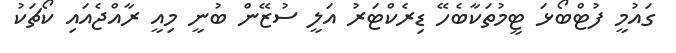
ގައުމީ ފުޓްބޯޅަ ޓީމުތަކާބެހޭ ޑިރެކްޓަރު އަލީ ސުޒޭން ބުނީ މިއީ ރާއްޖެއައި ކޯޗަކު